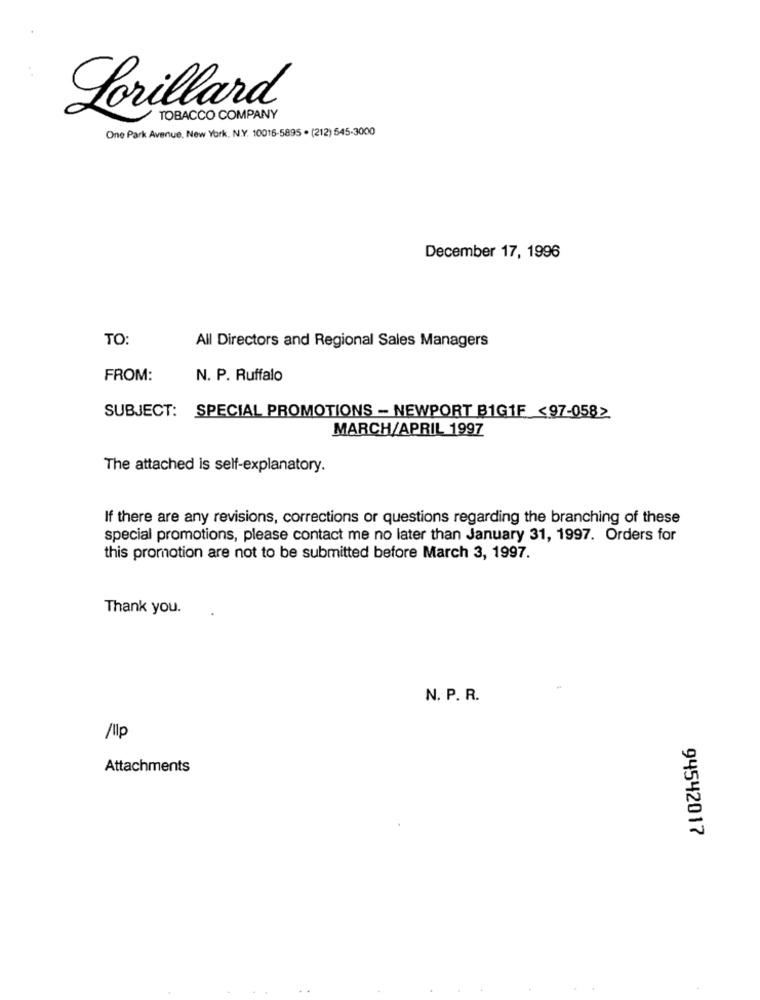
Lorillard
TOBACCO COMPANY
One Park Avenue, New York, N.Y. 10016-5895 . (212) 545-3000
December 17, 1996
TO:
All Directors and Regional Sales Managers
FROM:
N. P. Ruffalo
SUBJECT: SPECIAL PROMOTIONS - NEWPORT B1G1F <97-0582
MARCH/APRIL 1997
The attached is self-explanatory.
If there are any revisions, corrections or questions regarding the branching of these
special promotions, please contact me no later than January 31, 1997. Orders for
this promotion are not to be submitted before March 3, 1997.
Thank you.
N. P. R.
/Ip
Attachments
94542017